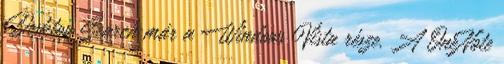
Desktop Search már a Windows Vista része. A OneNote